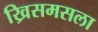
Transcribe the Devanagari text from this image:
ख्रिसमसला